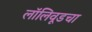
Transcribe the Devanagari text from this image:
लॉलिवूडचा